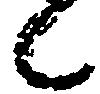
候